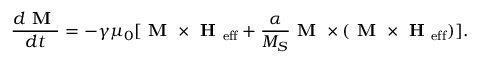
\frac { d \textbf { M } } { d t } = - \gamma \mu _ { 0 } [ \textbf { M } \times \textbf { H } _ { \mathrm { e f f } } + \frac { \alpha } { M _ { S } } \textbf { M } \times ( \textbf { M } \times \textbf { H } _ { \mathrm { e f f } } ) ] .